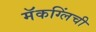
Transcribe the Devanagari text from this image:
मॅकग्लिंची